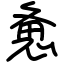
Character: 惫